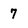
Character: 7